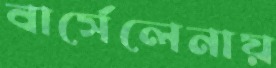
বার্সেলেনায়